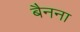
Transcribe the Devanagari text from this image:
बैनना